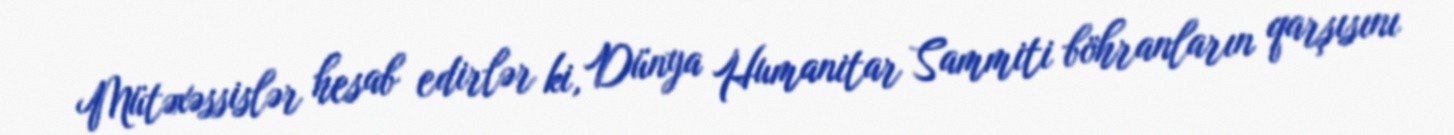
Mütəxəssislər hesab edirlər ki, Dünya Humanitar Sammiti böhranların qarşısını